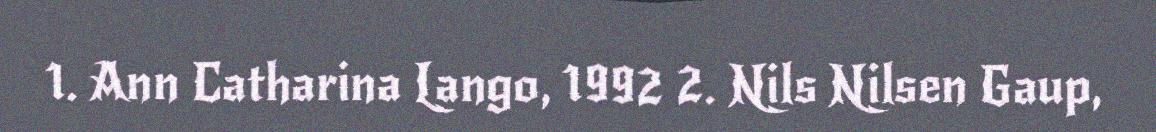
1. Ann Catharina Lango, 1992 2. Nils Nilsen Gaup,